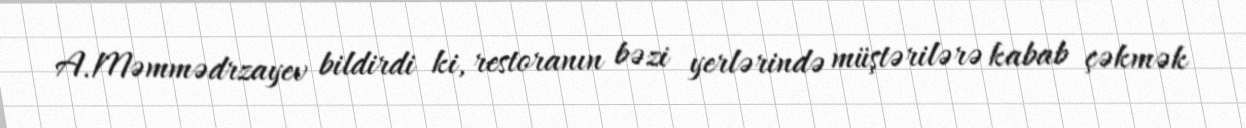
A.Məmmədrzayev bildirdi ki, restoranın bəzi yerlərində müştərilərə kabab çəkmək